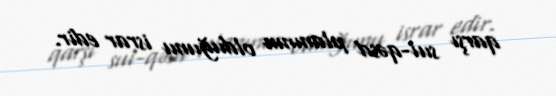
qarşı sui-qəsd planının olduğunu israr edir.